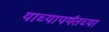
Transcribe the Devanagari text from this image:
याच्यापर्यंतच्या